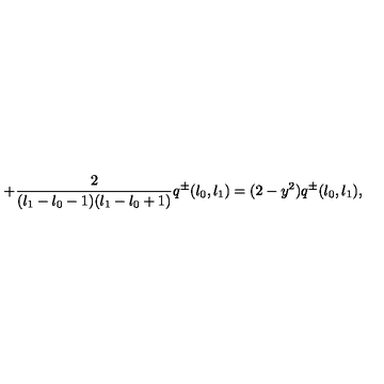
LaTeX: + \frac { 2 } { ( l _ { 1 } - l _ { 0 } - 1 ) ( l _ { 1 } - l _ { 0 } + 1 ) } q ^ { \pm } ( l _ { 0 } , l _ { 1 } ) = ( 2 - y ^ { 2 } ) q ^ { \pm } ( l _ { 0 } , l _ { 1 } ) ,